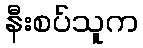
နီးစပ်သူက